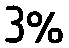
3%